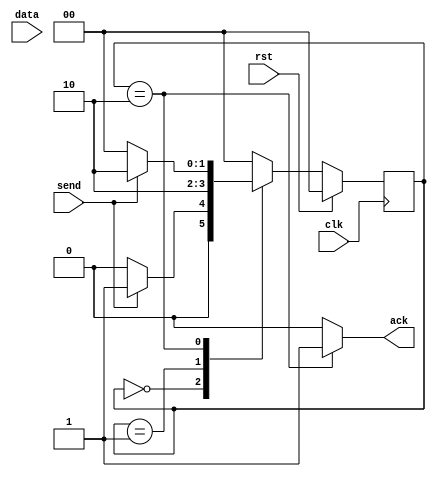
module Perif(send, data, clk, rst, ack);
	 input send;
	 input clk;
	 input rst;
  	 input data;
	 
	 output reg ack;
	 
	 reg [1:0] S;
	 reg [1:0] NS;
	 
	 always @ (posedge clk)
	 begin
		if (rst == 1)
			S <= 2'b00;
		else
			S <= NS;
	 end
	 
	 always @ (*)
	 begin
		case (S)
          	2'b00:
            	ack = 0;
			2'b01:
              begin
				ack = 0;
                $display(data);
              end
          	2'b10:
              begin
                ack = 1;
                $display(data);
              end
			default:
				ack = 0;
		endcase
	 end
	 
	 always @ (*)
	 begin
		case (S)
			2'b00:
				if (send == 1)
					NS = 2'b01;
				else
					NS = 2'b00;
			2'b01:
              	NS = 2'b10;
			2'b10:
              	if (send == 0)
					NS = 2'b00;	
				else
					NS = 2'b10;
			default:
				NS = 2'b00;
		endcase
	 end
endmodule